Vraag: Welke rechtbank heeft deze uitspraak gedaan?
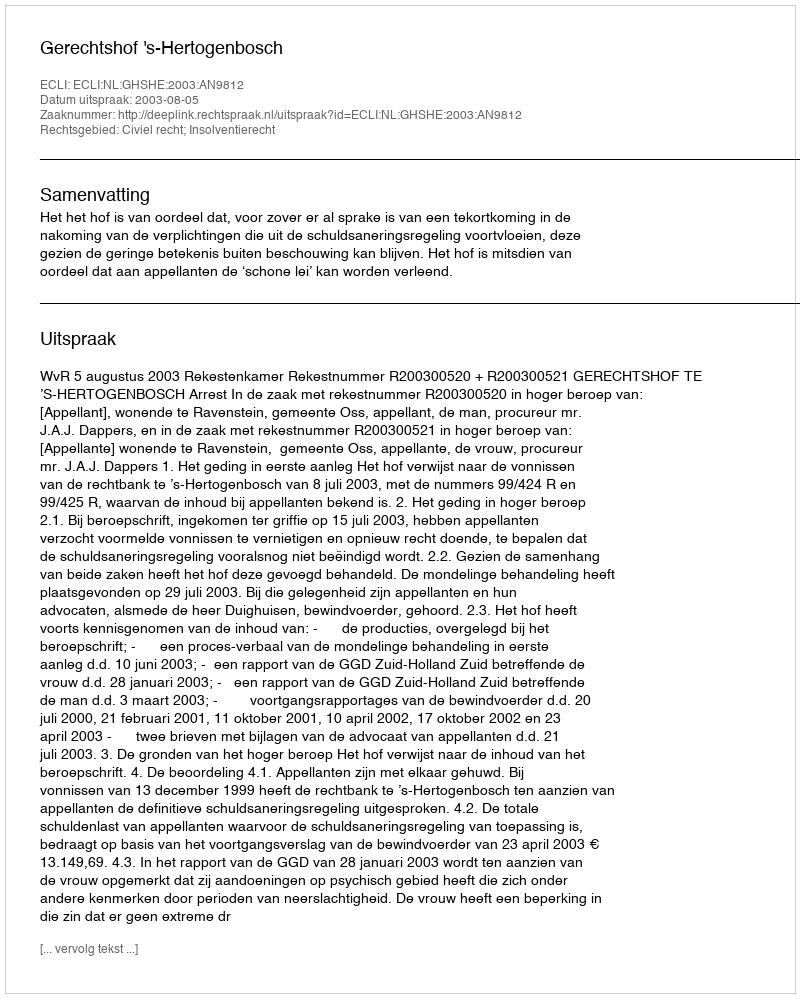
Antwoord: Gerechtshof 's-Hertogenbosch